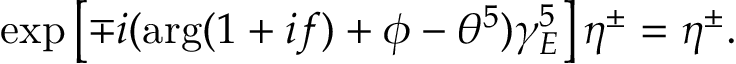
\exp \left[ \mp i ( \arg ( 1 + i f ) + \phi - \theta ^ { 5 } ) \gamma _ { E } ^ { 5 } \right] \eta ^ { \pm } = \eta ^ { \pm } .